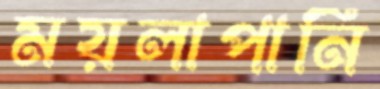
ময়লাপানি